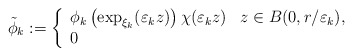
\begin{align*}\tilde{\phi}_{k}:=\left\{\begin{array}[c]{ll}\phi_{k}\left( \exp_{\xi_{k}}(\varepsilon_{k}z)\right) \chi(\varepsilon_{k}z) & z\in B(0,r/\varepsilon_{k}),\\0 & \end{array}\right.\end{align*}